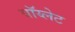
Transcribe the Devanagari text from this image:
वॉय्लेट